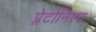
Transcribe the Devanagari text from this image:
प्लेटोनिस्ट